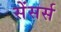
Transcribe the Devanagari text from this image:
सेंसर्स